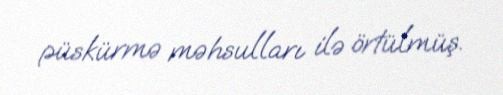
püskürmə məhsulları ilə örtülmüş.